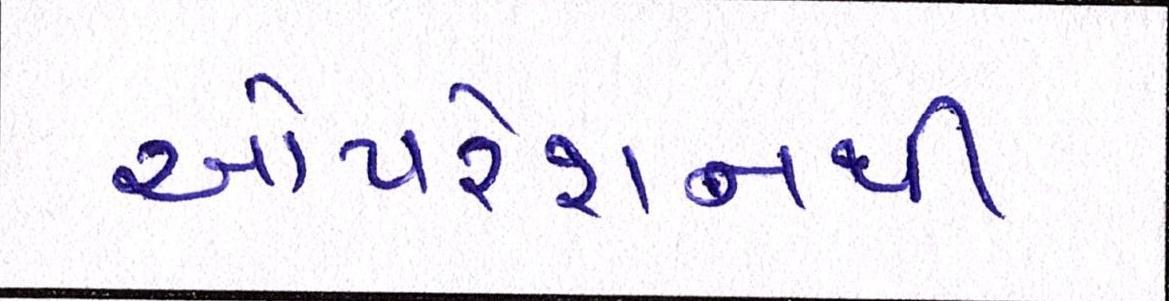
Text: ઓપરેશનથી